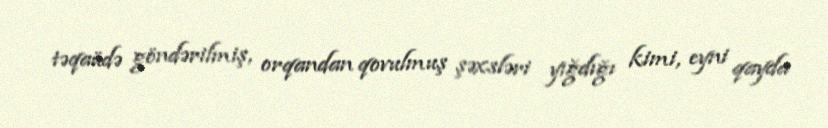
təqaüdə göndərilmiş, orqandan qovulmuş şəxsləri yığdığı kimi, eyni qayda